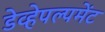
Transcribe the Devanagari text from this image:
डेव्हेपल्पमेंट